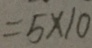
= 5 \times 1 0